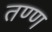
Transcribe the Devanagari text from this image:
तण्ण